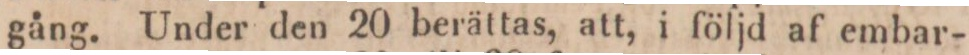
gång. Under den 20 berättas, att, i följd af embar-